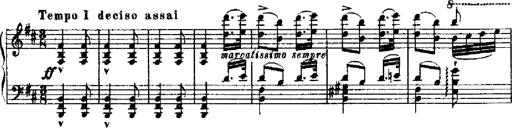
Title: RÃ©miniscences de Robert le diable
Composer: Franz Liszt